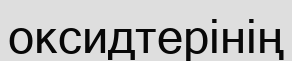
оксидтерінің